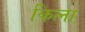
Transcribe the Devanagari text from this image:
कित्ना